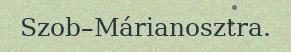
Szob–Márianosztra.